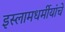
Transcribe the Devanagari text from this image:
इस्लामधर्मीयांचे